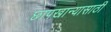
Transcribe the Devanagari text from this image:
छापखान्यासाठी